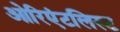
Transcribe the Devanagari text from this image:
ओरिएंटलिस्ट